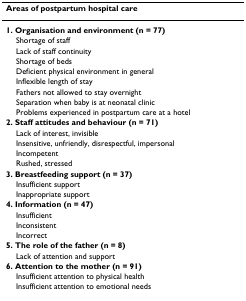
| Areas of postpartum hospital care |
 | --- |
 | 1. Organisation and environment (n = 77) |
 | Shortage of staff |
 | Lack of staff continuity |
 | Shortage of beds |
 | Deficient physical environment in general |
 | Inflexible length of stay |
 | Fathers not allowed to stay overnight |
 | Separation when baby is at neonatal clinic |
 | Problems experienced in postpartum care at a hotel |
 | 2. Staff attitudes and behaviour (n = 71) |
 | Lack of interest, invisible |
 | Insensitive, unfriendly, disrespectful, impersonal |
 | Incompetent |
 | Rushed, stressed |
 | 3. Breastfeeding support (n = 37) |
 | Insufficient support |
 | Inappropriate support |
 | 4. Information (n = 47) |
 | Insufficient |
 | Inconsistent |
 | Incorrect |
 | 5. The role of the father (n = 8) |
 | Lack of attention and support |
 | 6. Attention to the mother (n = 91) |
 | Insufficient attention to physical health |
 | Insufficient attention to emotional needs |